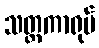
သတ္တကာရုပ်